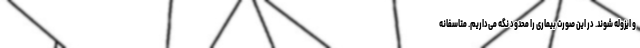
و ایزوله شوند. در این صورت بیماری را محدود نگه می‌داریم. متاسفانه